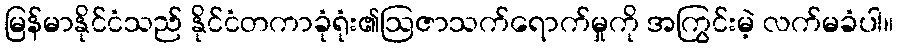
မြန်မာနိုင်ငံသည် နိုင်ငံတကာခုံရုံး၏ဩဇာသက်ရောက်မှုကို အကြွင်းမဲ့ လက်မခံပါ။